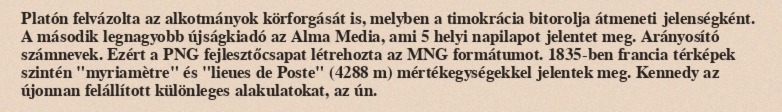
Platón felvázolta az alkotmányok körforgását is, melyben a timokrácia bitorolja átmeneti jelenségként. A második legnagyobb újságkiadó az Alma Media, ami 5 helyi napilapot jelentet meg. Arányosító számnevek. Ezért a PNG fejlesztőcsapat létrehozta az MNG formátumot. 1835-ben francia térképek szintén "myriamètre" és "lieues de Poste" (4288 m) mértékegységekkel jelentek meg. Kennedy az újonnan felállított különleges alakulatokat, az ún.